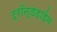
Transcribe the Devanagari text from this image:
ट्रॉन्डहाईम